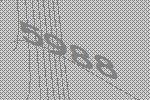
5988